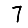
Digit: 7